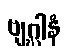
ဗျဂ္ဃါနံ